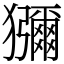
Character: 獼